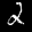
Label: 2